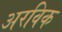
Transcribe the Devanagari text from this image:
अरविक